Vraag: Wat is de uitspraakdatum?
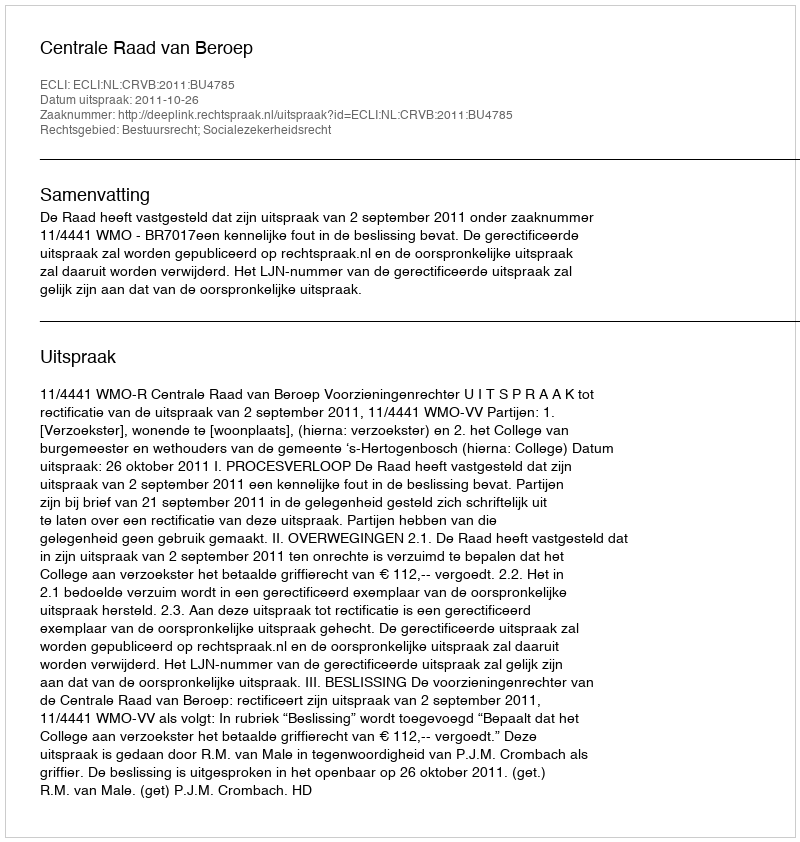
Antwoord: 2011-10-26